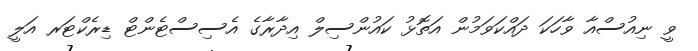
ވީ ނިއުސްއާ ވާހަކަ ދައްކަވަމުން އަތޮޅު ކައުންސިލް އިދާރާގެ އެސިސްޓެންޓް ޑިރެކްޓަރ އަލީ